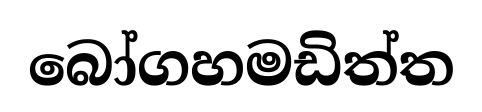
බෝගහමඩිත්ත